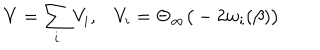
V = \sum _ { i } V _ { i } , V _ { i } = \Theta _ { \infty } \big ( - 2 w _ { i } ( \beta ) \big )